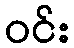
ဝင်း